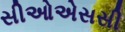
સીઓએસસી